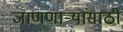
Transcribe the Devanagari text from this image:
जाणणार्‍यांसाठी